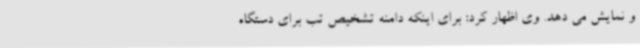
و نمایش می دهد. وی اظهار کرد: برای اینکه دامنه تشخیص تب برای دستگاه